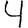
Digit: 4